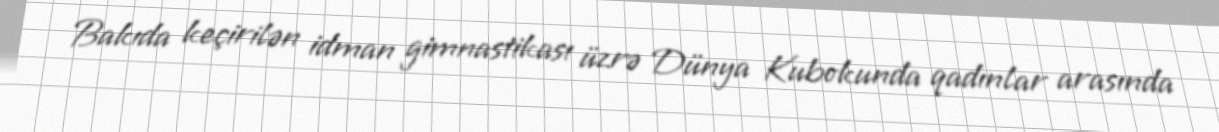
Bakıda keçirilən idman gimnastikası üzrə Dünya Kubokunda qadınlar arasında